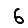
Digit: 6